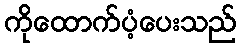
ကိုထောက်ပံ့ပေးသည်